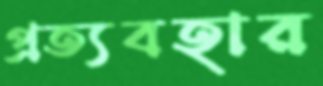
প্রত্যবহার